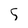
Character: 5